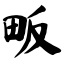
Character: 畈